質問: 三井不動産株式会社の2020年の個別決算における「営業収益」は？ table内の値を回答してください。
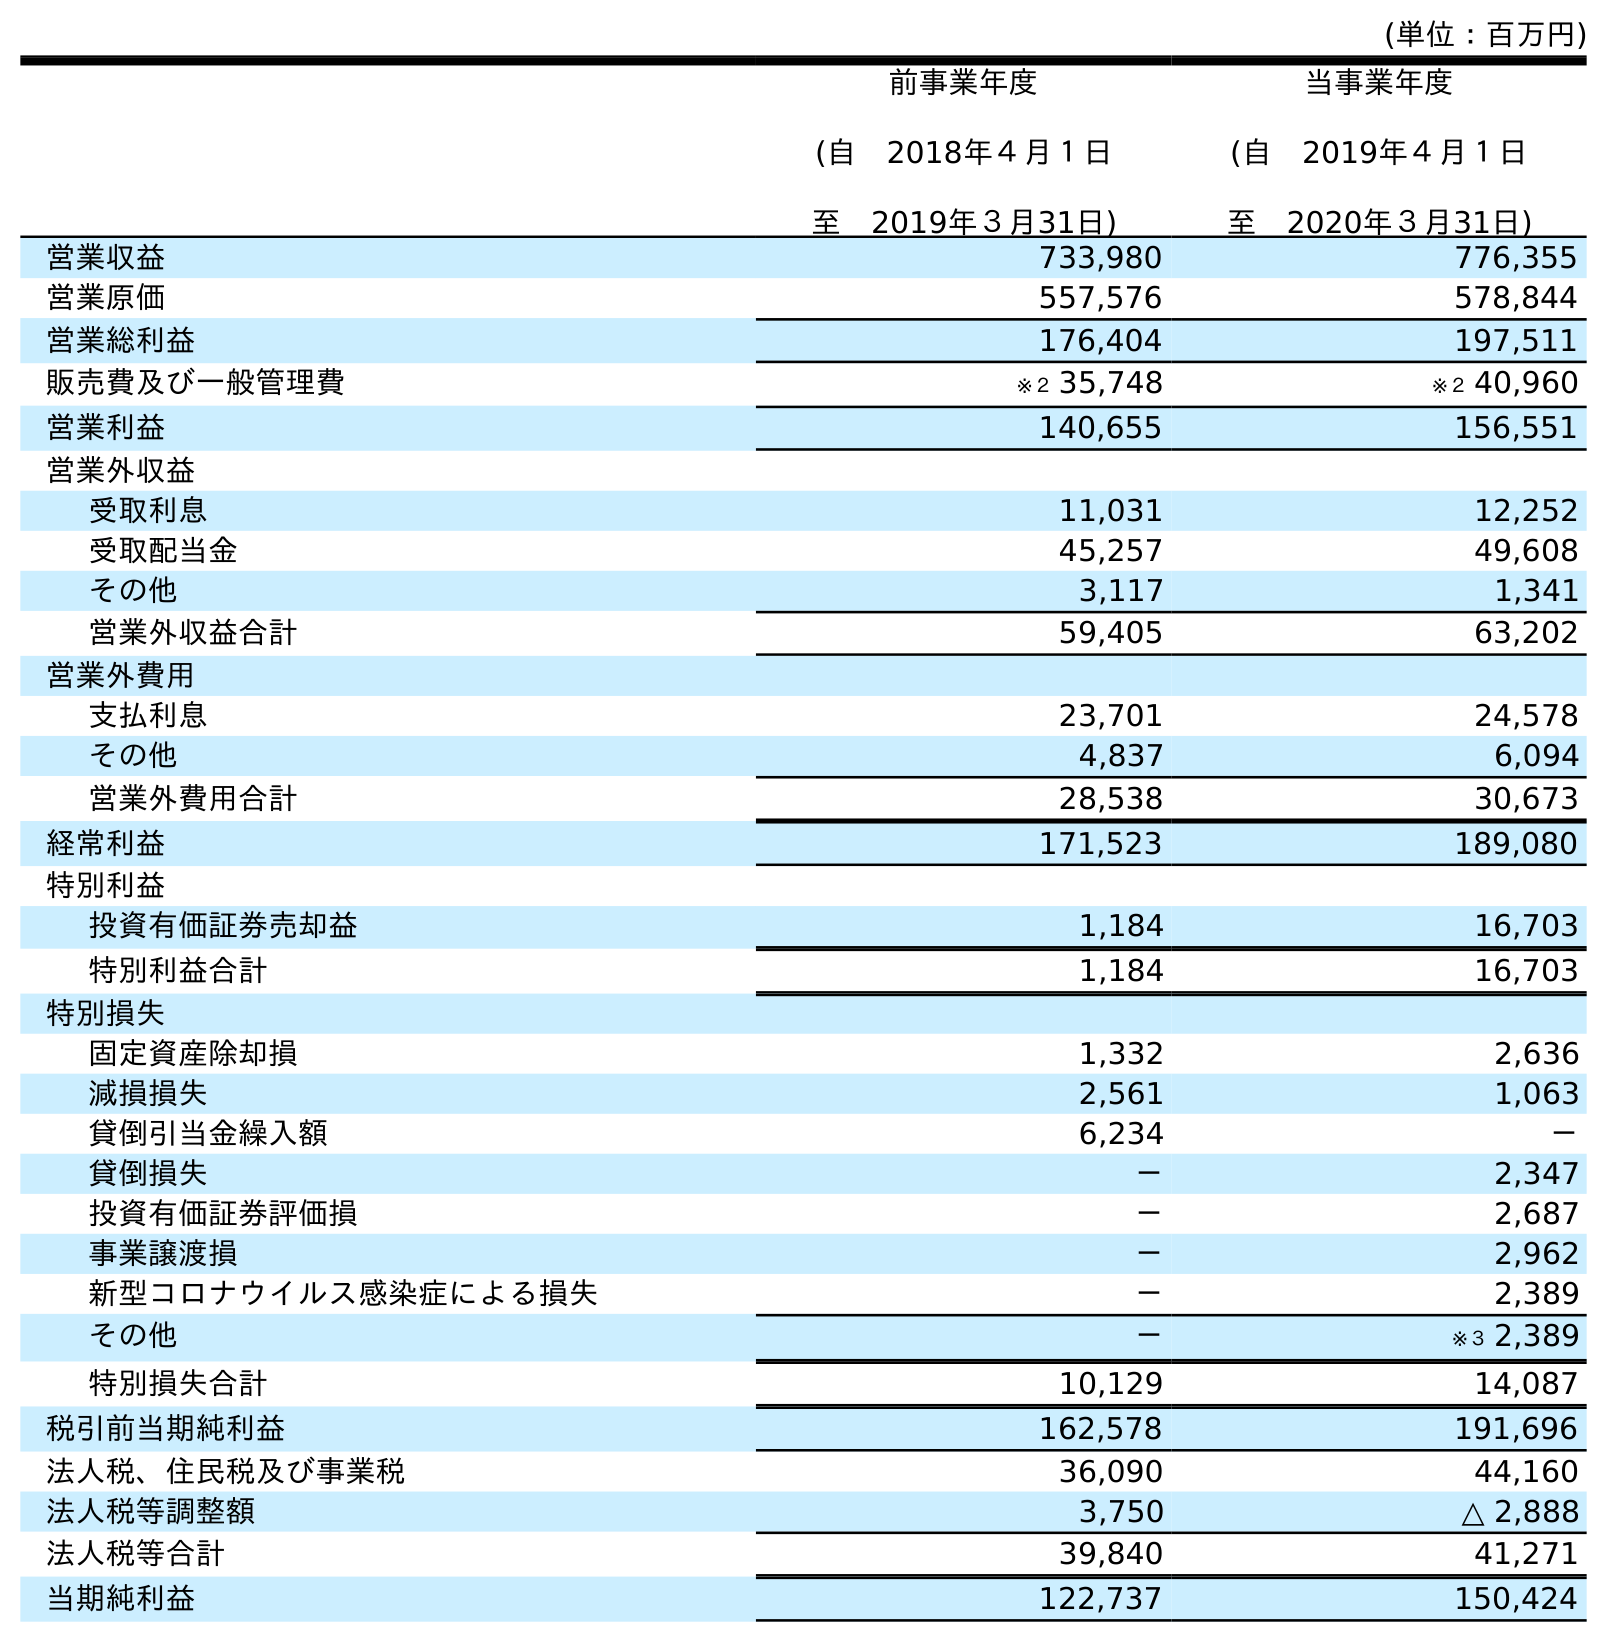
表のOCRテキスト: (単位：百万円) 前事業年度 (自 2018年４月１日 至 2019年３月31日) 当事業年度 (自 2019年４月１日 至 2020年３月31日) 営業収益 733,980 776,355 営業原価 557,576 578,844 営業総利益 176,404 197,511 販売費及び一般管理費 ※２ 35,748 ※２ 40,960 営業利益 140,655 156,551 営業外収益 受取利息 11,031 12,252 受取配当金 45,257 49,608 その他 3,117 1,341 営業外収益合計 59,405 63,202 営業外費用 支払利息 23,701 24,578 その他 4,837 6,094 営業外費用合計 28,538 30,673 経常利益 171,523 189,080 特別利益 投資有価証券売却益 1,184 16,703 特別利益合計 1,184 16,703 特別損失 固定資産除却損 1,332 2,636 減損損失 2,561 1,063 貸倒引当金繰入額 6,234 － 貸倒損失 － 2,347 投資有価証券評価損 － 2,687 事業譲渡損 － 2,962 新型コロナウイルス感染症による損失 － 2,389 その他 － ※３ 2,389 特別損失合計 10,129 14,087 税引前当期純利益 162,578 191,696 法人税、住民税及び事業税 36,090 44,160 法人税等調整額 3,750 △ 2,888 法人税等合計 39,840 41,271 当期純利益 122,737 150,424
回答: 776,355